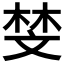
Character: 𫿱